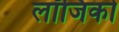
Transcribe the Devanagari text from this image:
लॉजिको